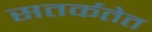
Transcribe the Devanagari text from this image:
सतर्कतेत